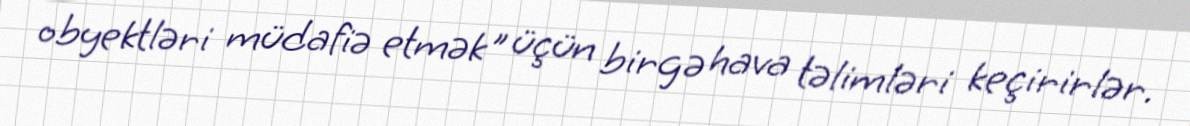
obyektləri müdafiə etmək" üçün birgə hava təlimləri keçirirlər.